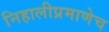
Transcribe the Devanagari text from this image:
निहालीप्रमाणेच